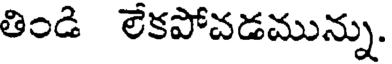
తిండి లేకపోచడమున్ను.